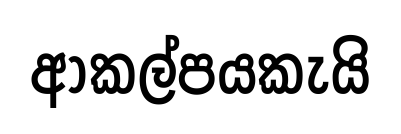
ආකල්පයකැයි